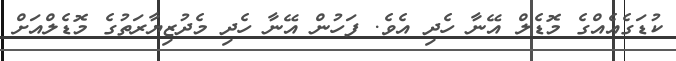
ކުޑަގެއެއްގެ މޮޑެލް އޭނާ ހެދި އެވެ. ފަހުން އޭނާ ހެދި މެދުޒިޔާރަތުގެ މޮޑެލްއަށް